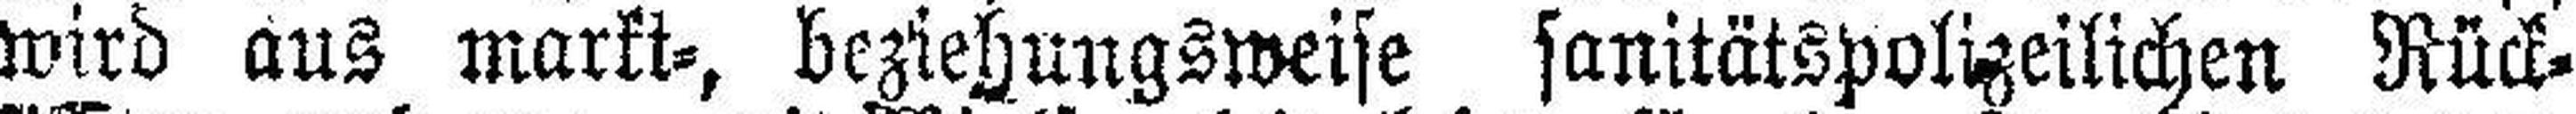
wird aus markt=, beziehungsweise sanitätspolizeilichen Rück¬